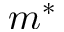
m ^ { * }